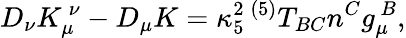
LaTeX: D_{\nu}K_{\mu}^{~\nu}-D_{\mu}K=\kappa_{5}^{2}\, {}^{(5)}T_{BC}n^{C}g_{\mu}^{~B},